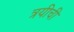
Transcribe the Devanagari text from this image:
त्रयीची